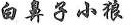
白鼻子小狼